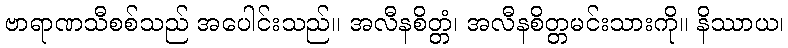
ဗာရာဏသီစစ်သည် အပေါင်းသည်။ အလီနစိတ္တံ၊ အလီနစိတ္တမင်းသားကို။ နိဿာယ၊